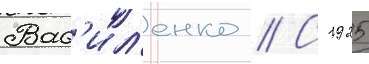
Вас'ил'енко // С 1925